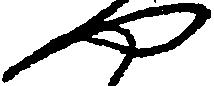
や